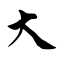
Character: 大